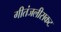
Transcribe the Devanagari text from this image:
गीतंजलीसकट